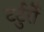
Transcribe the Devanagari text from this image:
टर्टुर्रो